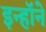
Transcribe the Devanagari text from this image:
इन्हॉने